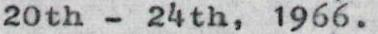
20th-24th,1966.